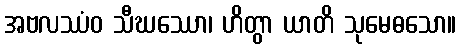
အဗလဿံဝ သီဃဿော၊ ဟိတွာ ယာတိ သုမေဓသော။